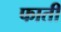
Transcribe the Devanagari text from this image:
फाती